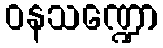
ဝနသဏ္ဍော